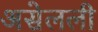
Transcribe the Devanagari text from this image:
असेलली